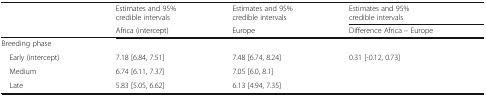
<table><thead><tr><td rowspan="2"></td><td><b>Estimates and 95% credible intervals</b></td><td><b>Estimates and 95% credible intervals</b></td><td colspan="2"><b>Estimates and 95% credible intervals</b></td></tr><tr><td><b>Africa (intercept)</b></td><td><b>Europe</b></td><td colspan="2"><b>Difference Africa – Europe</b></td></tr></thead><tbody><tr><td colspan="5">Breeding phase</td></tr><tr><td> Early (intercept)</td><td>7.18 [6.84, 7.51]</td><td>7.48 [6.74, 8.24]</td><td colspan="2">0.31 [-0.12, 0.73]</td></tr><tr><td> Medium</td><td>6.74 [6.11, 7.37]</td><td>7.05 [6.0, 8.1]</td><td colspan="2"></td></tr><tr><td> Late</td><td>5.83 [5.05, 6.62]</td><td>6.13 [4.94, 7.35]</td><td colspan="2"></td></tr></tbody></table>